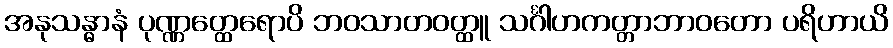
အနုသန္ဓာနံ ပုဏ္ဏတ္ထေရောပိ ဘဝသာတဝတ္ထူ သင်္ဂါဟကတ္တာဘာဝတော ပရိဟာယိ